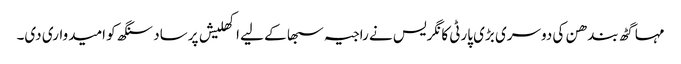
مہا گٹھ بندھن کی دوسری بڑی پارٹی کانگریس نے راجیہ سبھا کے لیے اکھلیش پرساد سنگھ کو امیدواری دی۔